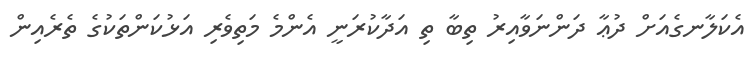
އެކަލާނގެއަށް ދުޢާ ދަންނަވާއިރު ތިބާ ތި އަދާކުރަނީ އެންމެ މަތިވެރި އަޅުކަންތަކުގެ ތެރެއިން